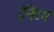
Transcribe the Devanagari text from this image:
ग्रॅनेटम